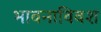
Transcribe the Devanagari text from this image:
भावनाविवश